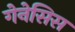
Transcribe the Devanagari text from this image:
गेनेसिस